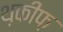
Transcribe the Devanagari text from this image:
थ़कीफ़